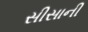
સીસાની